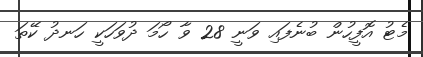
މެޓު އޮފީހުން ބުނެފައި ވަނީ 28 ވާ ހޯމަ ދުވަހަކީ ހަނދު ކޭތަ